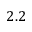
2 . 2